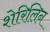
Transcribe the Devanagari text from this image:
शेरिलिन